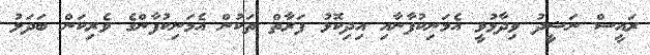
ރައީސް ނަޝީދު ވިދާޅުވީ އެމަނިކުފާނާއި އިދިކޮޅު ފަރާތް ތަކުން އެމަނިކުފާންގެ ވެރިކަން ބަދަލު